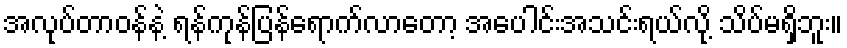
အလုပ်တာဝန်နဲ့ ရန်ကုန်ပြန်ရောက်လာတော့ အပေါင်းအသင်းရယ်လို့ သိပ်မရှိဘူး။